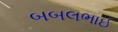
બબલભાઈ